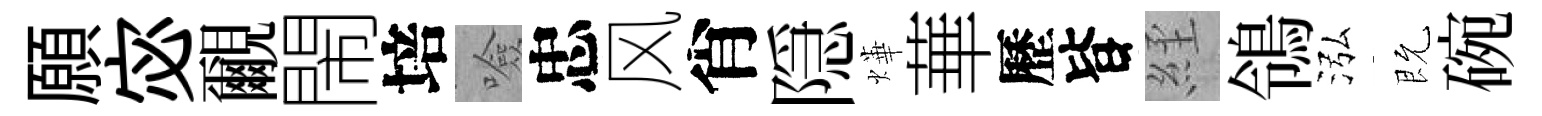
願宓覼閙培噞忠风肖隠燁華歷𣅜𦀇鴒泓既碗